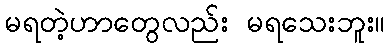
မရတဲ့ဟာတွေလည်း မရသေးဘူး။